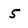
Character: 5